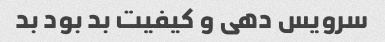
سرویس دهی و کیفیت بد بود بد